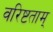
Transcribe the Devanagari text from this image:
वरिष्टताम्